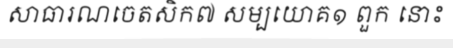
សាធារណចេតសិក៧ សម្បយោគ១ ពួក នោះ